Scottish Education Department, 1920
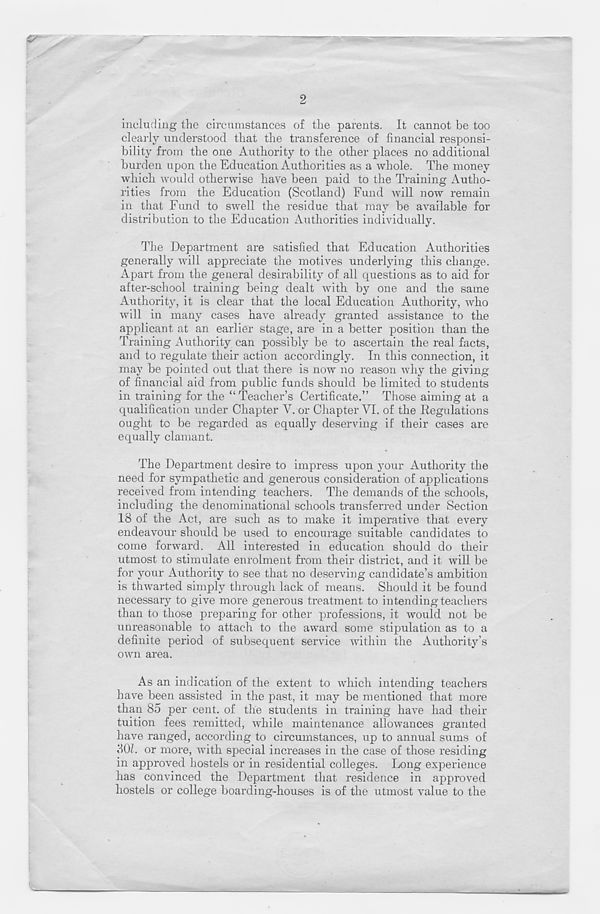
2
tfP 5
including the circumstances of the parents. It cannot be too
clearly understood that the transference of financial responsi-
bility from the one Authority to the other places no additional
burden upon the Education Authorities as a whole. The money
which would otherwise have been paid to the Training Autho-
rities from the Education (Scotland) Fund will now remain
in that Fund to swell the residue that may be available for
distribution to the Education Authorities individually.
The Department are satisfied that Education Authorities
generally will appreciate the motives underlying this change.
Apart from the general desirability of all questions as to aid for
after-school training being dealt with by one and the same
Authority, it is clear that the local Education Authority, Avho
will in many cases have already granted assistance to the
applicant at an earlier stage, are in a better position than the
Training Authority can possibly be to ascertain the real facts,
and to regulate their action accordingly. In this connection, it
may be pointed out that there is now no reason why the giving
of financial aid from public funds should be limited to students
in training for the “ Teacher’s Certificate.” Those aiming at a
qualification under Chapter Y. or Chapter VI. of the Regulations
ought to be regarded as equally deserving if their cases are
equally clamant.
The Department desire to impress upon your Authority the
need for sympathetic and generous consideration of applications
received from intending teachers. The demands of the schools,
including the denominational schools transferred under Section
18 of the Act, are such as to make it imperative that every
endeavour should be used to encourage suitable candidates to
come forward. All interested in education should do their
utmost to stimulate enrolment from their district, and it will be
for your Authority to see that no deserving candidate’s ambition
is thwarted simply through lack of means. Should it be found
necessary to give more generous treatment to intending teachers
than to those preparing for other professions, it would not be
unreasonable to attach to the award some stipulation as to a
definite period of subsequent service within the Authority’s
own area.
As an indication of the extent to which intending teachers
have been assisted in the past, it may be mentioned that more
than 85 per cent, of the students in training have had their
tuition fees remitted, while maintenance allowances granted
have ranged, according to circumstances, up to annual sums of
SOI. or more, with special increases in the case of those residing
in approved hostels or in residential colleges. Long experience
has convinced the Department that residence in approved
hostels or college boarding-houses is of the utmost value to the